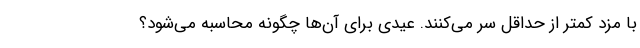
با مزد کمتر از حداقل سر می‌کنند. عیدی برای آن‌ها چگونه محاسبه می‌شود؟